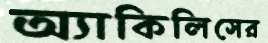
অ্যাকিলিসের